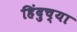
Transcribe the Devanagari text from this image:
हिंदुच्या